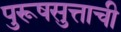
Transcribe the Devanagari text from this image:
पुरूषसुत्ताची